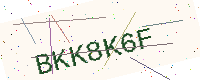
Text: BKK8K6F